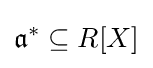
{\mathfrak {a}}^{*}\subseteq R[X]